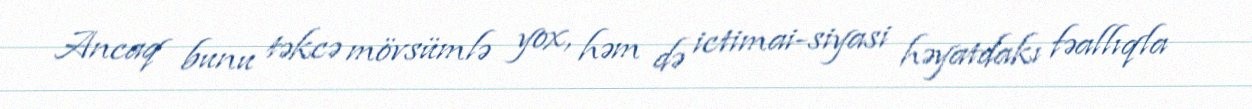
Ancaq bunu təkcə mövsümlə yox, həm də ictimai-siyasi həyatdakı fəallıqla